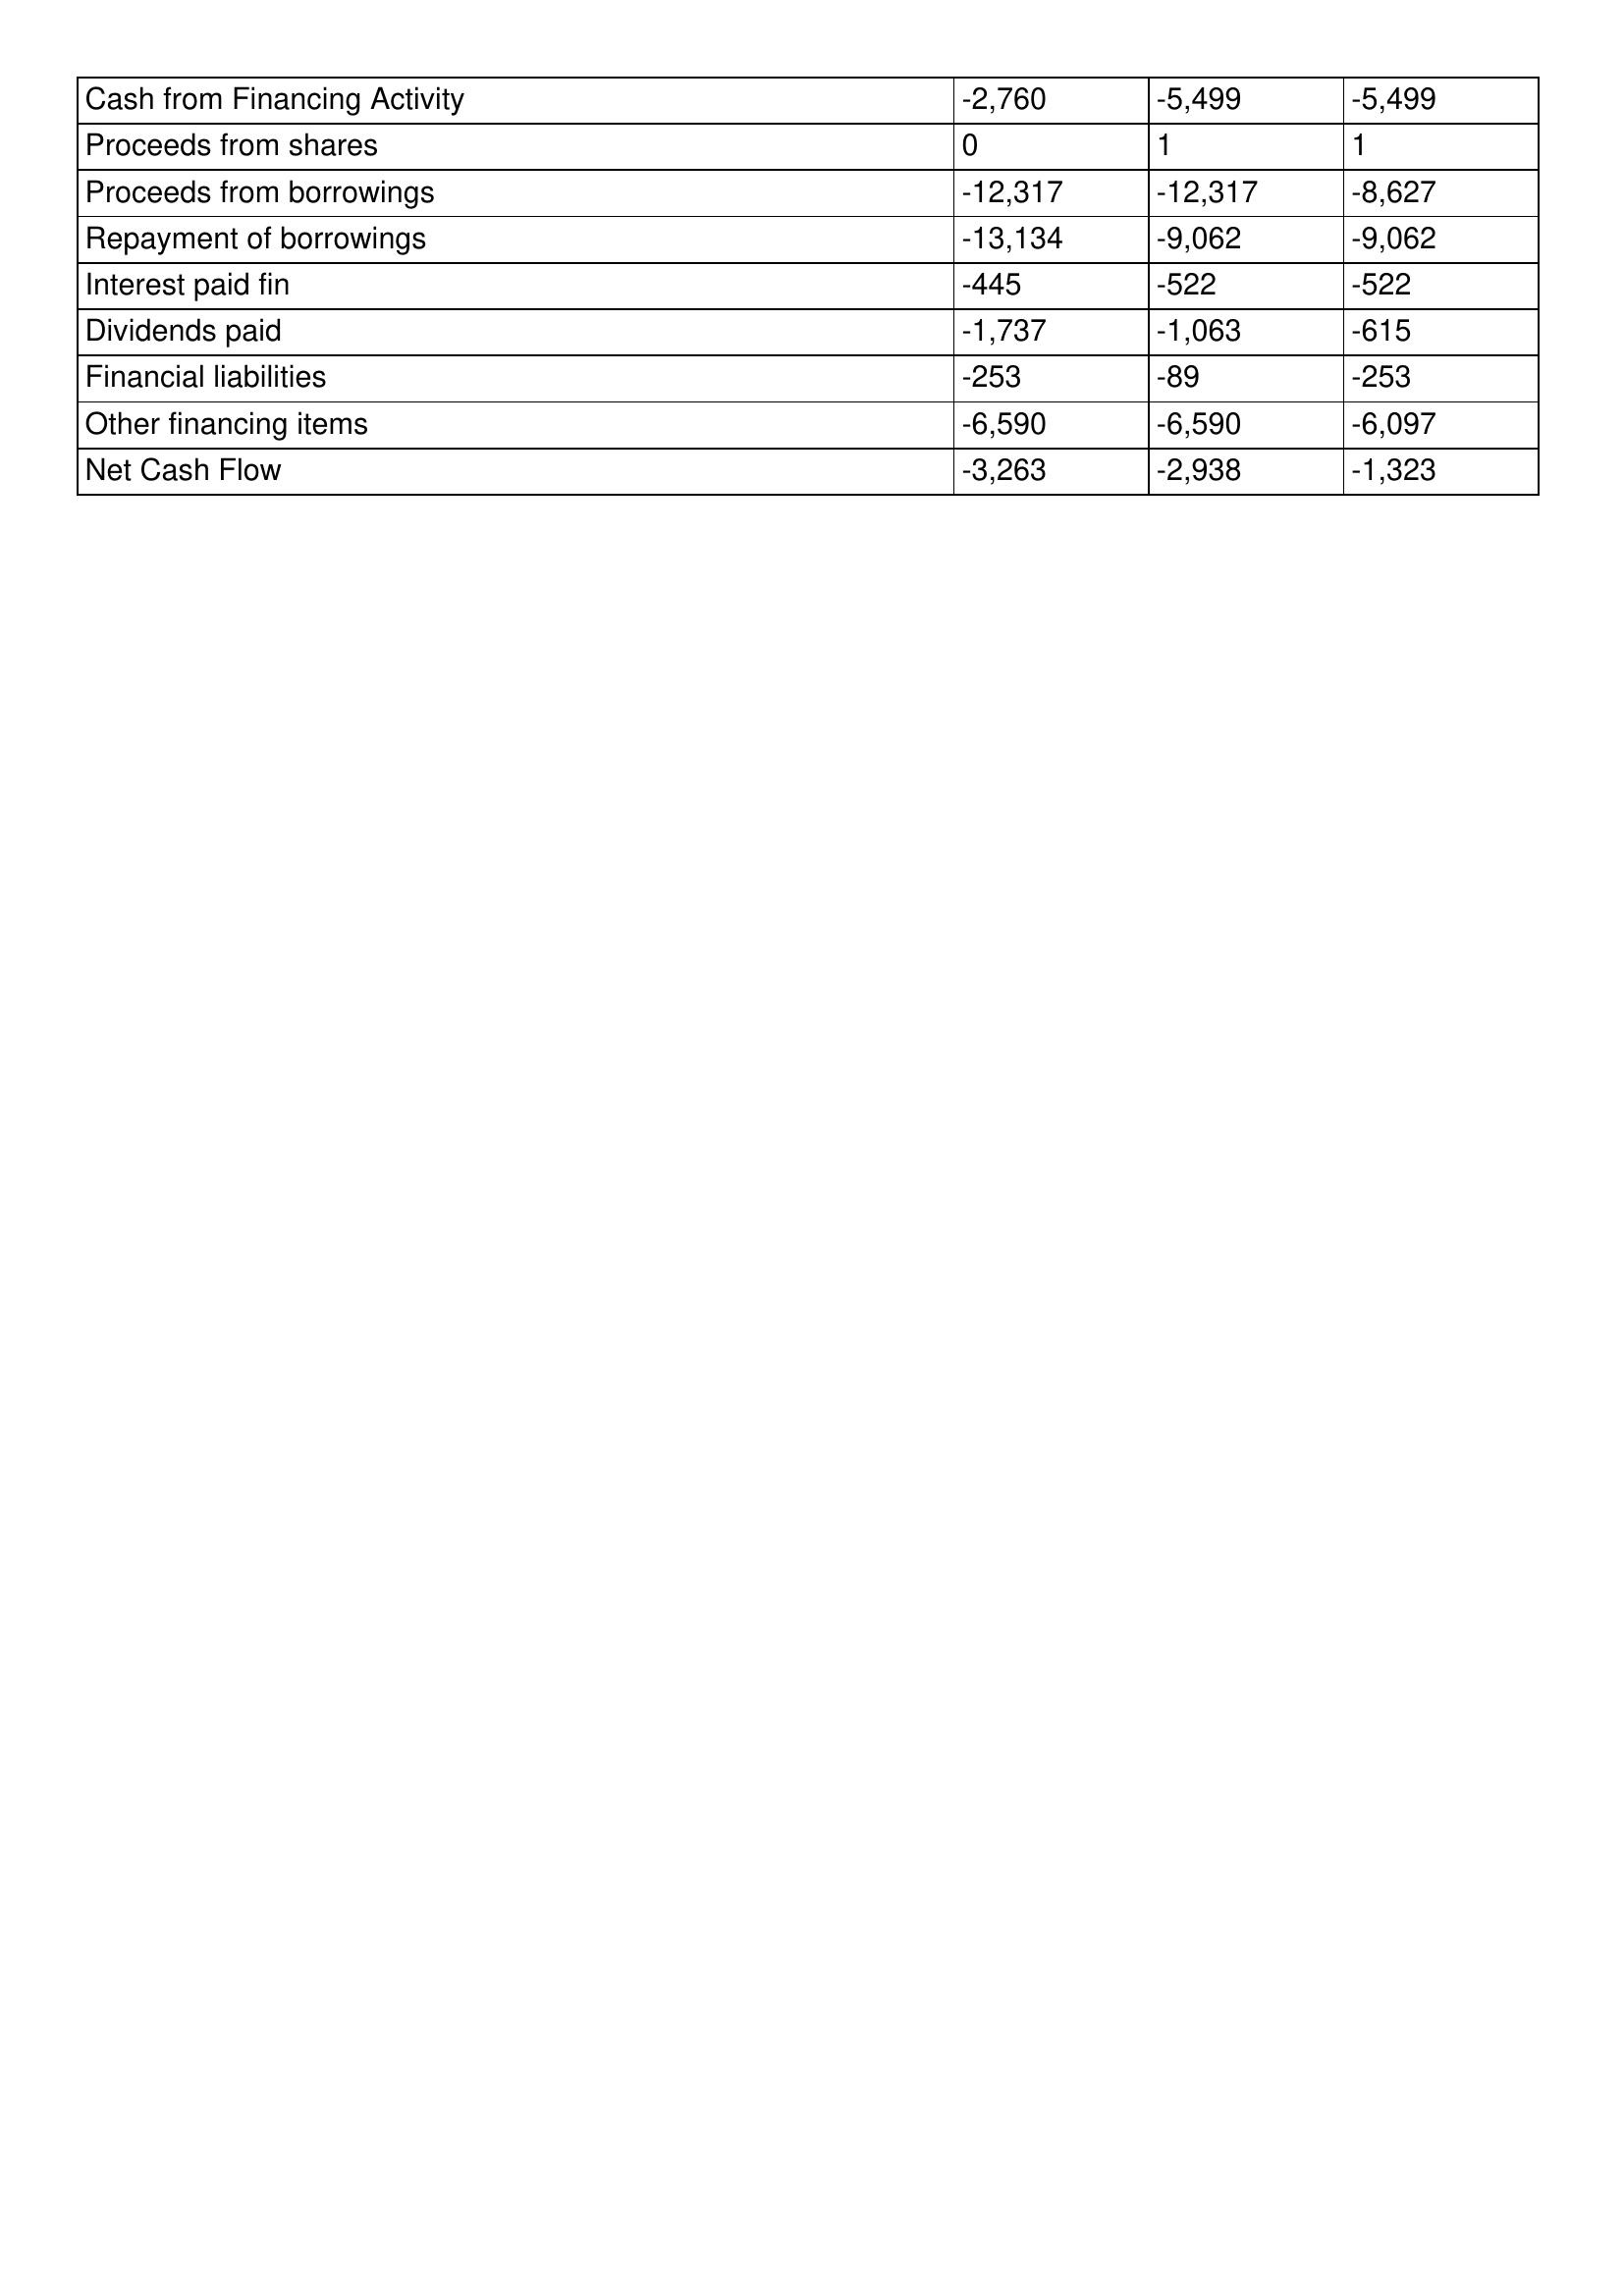
gt_parse: 2000: Cash Flows: Cash from Financing Activity: -2,760
Proceeds from shares: 0
Proceeds from borrowings: -12,317
Repayment of borrowings: -13,134
Interest paid fin: -445
Dividends paid: -1,737
Financial liabilities: -253
Other financing items: -6,590
Net Cash Flow: -3,263
1999: Cash Flows: Cash from Financing Activity: -5,499
Proceeds from shares: 1
Proceeds from borrowings: -12,317
Repayment of borrowings: -9,062
Interest paid fin: -522
Dividends paid: -1,063
Financial liabilities: -89
Other financing items: -6,590
Net Cash Flow: -2,938
1998: Cash Flows: Cash from Financing Activity: -5,499
Proceeds from shares: 1
Proceeds from borrowings: -8,627
Repayment of borrowings: -9,062
Interest paid fin: -522
Dividends paid: -615
Financial liabilities: -253
Other financing items: -6,097
Net Cash Flow: -1,323